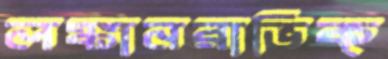
লঙ্কানরাভিক্